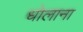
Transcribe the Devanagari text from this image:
धोलाना